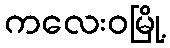
ကလေးဝမြို့